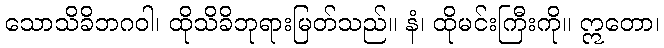
သောသိခိဘဂဝါ၊ ထိုသိခိဘုရားမြတ်သည်။ နံ၊ ထိုမင်းကြီးကို။ ဣတော၊